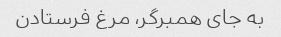
به جای همبرگر، مرغ فرستادن